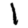
Digit: 1